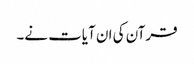
قرآن کی ان آیات نے۔